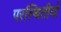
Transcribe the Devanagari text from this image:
परस्थितीयों